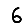
Digit: 6